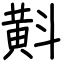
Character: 斢